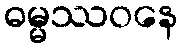
ဓမ္မဿဝနေ